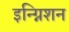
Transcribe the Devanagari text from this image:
इन्ग्निशन